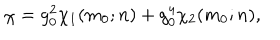
\chi = g _ { 0 } ^ { 2 } \chi _ { 1 } ( m _ { 0 } ; n ) + g _ { 0 } ^ { 4 } \chi _ { 2 } ( m _ { 0 } ; n ) ,